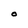
Character: O